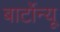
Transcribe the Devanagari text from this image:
बार्टोन्यू